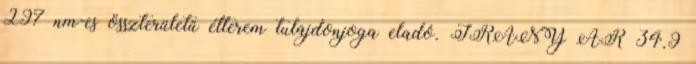
297 nm-es összterületű étterem tulajdonjoga eladó. IRÁNY ÁR 34.9